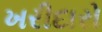
ખરીદારો